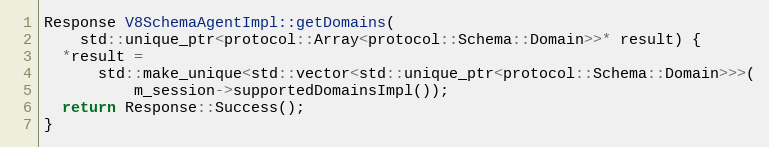
Language: C++
Response V8SchemaAgentImpl::getDomains(
    std::unique_ptr<protocol::Array<protocol::Schema::Domain>>* result) {
  *result =
      std::make_unique<std::vector<std::unique_ptr<protocol::Schema::Domain>>>(
          m_session->supportedDomainsImpl());
  return Response::Success();
}